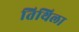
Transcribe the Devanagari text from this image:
तिथिला